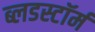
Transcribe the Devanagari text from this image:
ब्लडस्टॉर्म